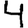
Digit: 4